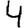
Digit: 4